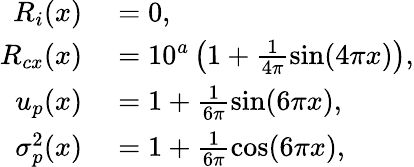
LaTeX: \begin{array}{rl}{R_{i}(x)}&{{}=0,}\\ {R_{cx}(x)}&{{}=10^{a}\left(1+\frac{1}{4\pi}\sin(4\pi x)\right),}\\ {u_{p}(x)}&{{}=1+\frac{1}{6\pi}\sin(6\pi x),}\\ {\sigma_{p}^{2}(x)}&{{}=1+\frac{1}{6\pi}\cos(6\pi x),}\end{array}